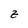
Character: z